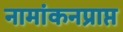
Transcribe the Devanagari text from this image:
नामांकनप्राप्त